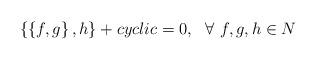
LaTeX: \begin{align*}\left\{\left\{f,g\right\},h\right\}+cyclic=0,~~\forall~f,g,h\in N\end{align*}